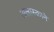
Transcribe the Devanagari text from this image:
अलास्काने